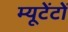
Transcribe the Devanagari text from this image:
म्यूटेंटों